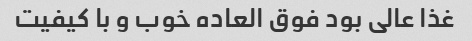
غذا عالی بود فوق العاده خوب و با کیفیت